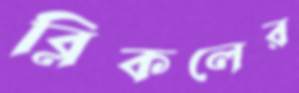
ব্লিকলের